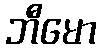
ဘီမော